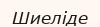
Шиеліде